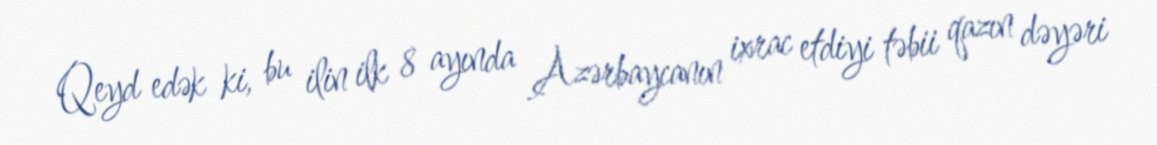
Qeyd edək ki, bu ilin ilk 8 ayında Azərbaycanın ixrac etdiyi təbii qazın dəyəri